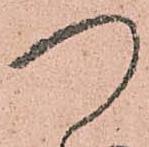
つ